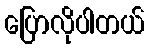
ပြောလိုပါတယ်